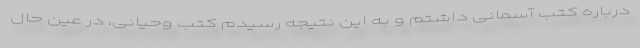
درباره کتب آسمانی داشتم و به این نتیجه رسیدم کتب وحیانی، در عین حال